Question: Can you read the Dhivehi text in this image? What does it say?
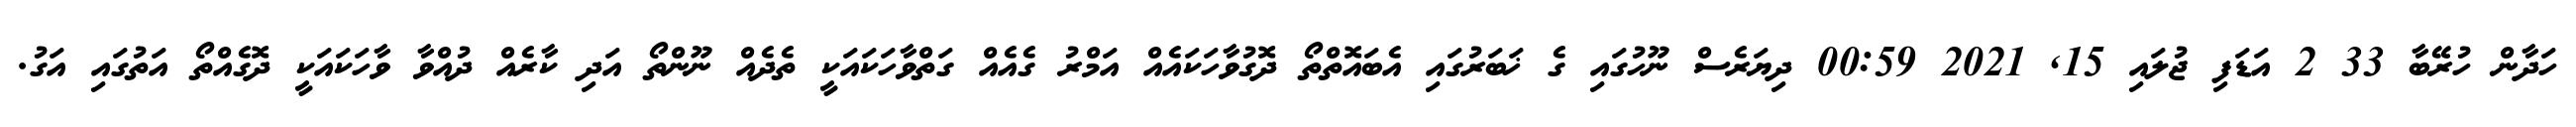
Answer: ހަދާން ހުރޭބާ 33 2 އަޑަފި ޖުލައި 15, 2021 00:59 ދިޔަރެސް ނޫހުގައި ގެ ޚަބަރުގައި އެބައޮތްތޯ ދޮގުވާހަކައެއް އަމްރު ގެއެއް ގަތްވާހަކައަކީ ތެދެއް ނޫންތޯ އަދި ކާރެއް ދުއްވާ ވާހަކައަކީ ދޮގެއްތޯ އަތުގައި އަގު.